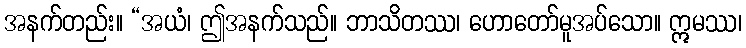
အနက်တည်း။ “အယံ၊ ဤအနက်သည်။ ဘာသိတဿ၊ ဟောတော်မူအပ်သော။ ဣမဿ၊